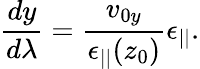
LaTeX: \frac{dy}{d\lambda}=\frac{v_{0y}}{\epsilon_{||}(z_{0})}\epsilon_{||}.